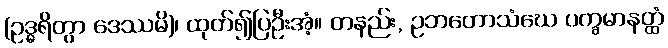
(ဥဒ္ဓရိတွာ ဒေဿမိ)၊ ထုတ်၍ပြဦးအံ့။ တနည်း, ဥဘတောသံဃေ ပက္ခမာနတ္ထံ